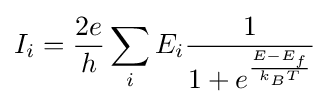
I_{i}={\frac {2e}{h}}\sum _{i}E_{i}{\frac {1}{1+e^{\frac {E-E_{f}}{k_{B}T}}}}